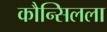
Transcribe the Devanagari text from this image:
कौन्सिलला